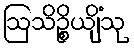
ဩသိဉ္စိယျိံသု